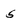
Character: 5